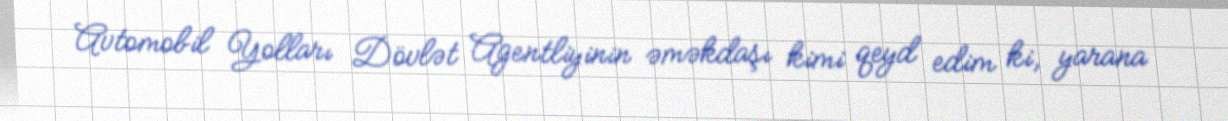
Avtomobil Yolları Dövlət Agentliyinin əməkdaşı kimi qeyd edim ki, yarana